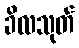
ခိလသုတ်